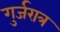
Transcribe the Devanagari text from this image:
गुर्जरात्र